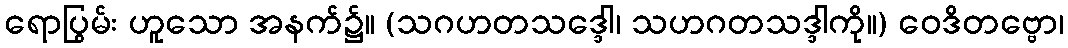
ရောပြွမ်း ဟူသော အနက်၌။ (သဂဟတသဒ္ဒေါ၊ သဟဂတသဒ္ဒါကို။) ဝေဒိတဗ္ဗော၊